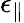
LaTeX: \epsilon_{\parallel}